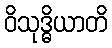
ဝိသုဒ္ဓိယာတိ